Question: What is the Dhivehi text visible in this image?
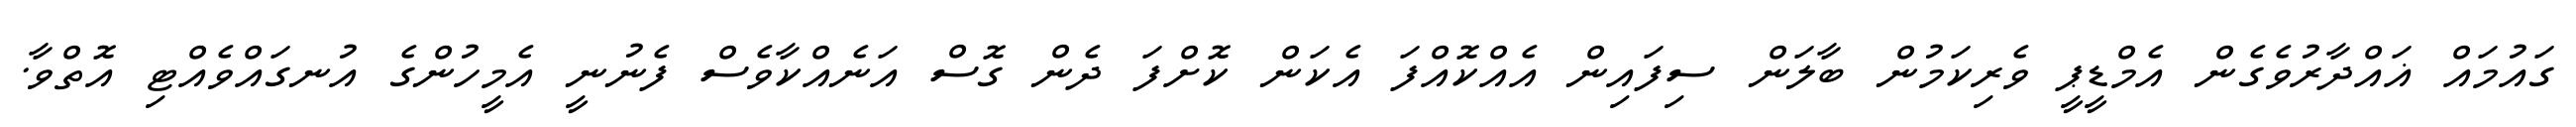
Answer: ގައުމައް ޣައްދާރުވެގެން އެމްޑީޕީ ވެރިކަމުން ބާލަން ސިފައިން އެއްކޮއްފަ އެކަން ކޮށްފަ ދެން ގޮސް އަނެއްކާވެސް ފެނުނީ އެމީހުންގެ އުނގައްވެއްޓި އޮތްވާ.